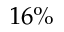
1 6 \%